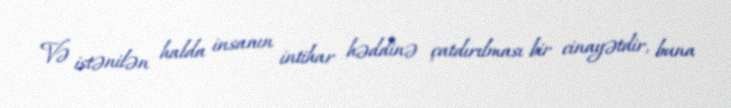
Və istənilən halda insanın intihar həddinə çatdırılması bir cinayətdir, buna